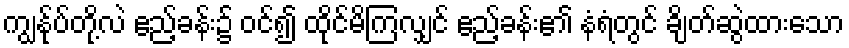
ကျွန်ုပ်တို့လဲ ဧည့်ခန်း၌ ဝင်၍ ထိုင်မိကြလျှင် ဧည့်ခန်း၏ နံရံတွင် ချိတ်ဆွဲထားသော